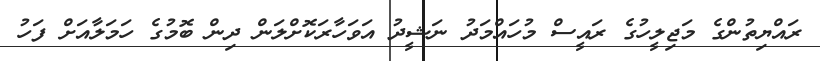
ރައްޔިތުންގެ މަޖިލީހުގެ ރައީސް މުހައްމަދު ނަޝީދު އަވަހާރަކޮށްލަން ދިން ބޮމުގެ ހަމަލާއަށް ފަހު